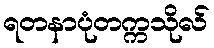
ရတနာပုံတက္ကသိုလ်